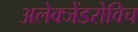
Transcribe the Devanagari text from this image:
अलेक्जेंडरोविच